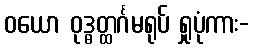
ဝယော ဝုဒ္ဓတ္ထင်္ဂမရုပ် ရှုပုံကား-